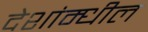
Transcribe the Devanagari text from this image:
देशांम्धील